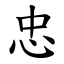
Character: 忠